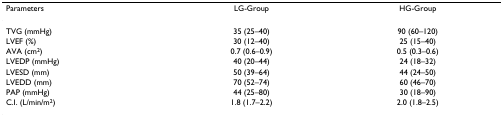
<table><thead><tr><td><b>Parameters</b></td><td><b>LG-Group</b></td><td><b>HG-Group</b></td></tr></thead><tbody><tr><td>TVG (mmHg)</td><td>35 (25–40)</td><td>90 (60–120)</td></tr><tr><td>LVEF (%)</td><td>30 (12–40)</td><td>25 (15–40)</td></tr><tr><td>AVA (cm<sup>2</sup>)</td><td>0.7 (0.6–0.9)</td><td>0.5 (0.3–0.6)</td></tr><tr><td>LVEDP (mmHg)</td><td>40 (20–44)</td><td>24 (18–32)</td></tr><tr><td>LVESD (mm)</td><td>50 (39–64)</td><td>44 (24–50)</td></tr><tr><td>LVEDD (mm)</td><td>70 (52–74)</td><td>60 (46–70)</td></tr><tr><td>PAP (mmHg)</td><td>44 (25–80)</td><td>30 (18–90)</td></tr><tr><td>C.I. (L/min/m<sup>2</sup>)</td><td>1.8 (1.7–2.2)</td><td>2.0 (1.8–2.5)</td></tr></tbody></table>